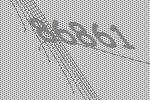
86861